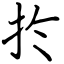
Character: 扵